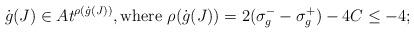
LaTeX: \begin{align*} \dot g(J) \in At^{\rho(\dot g(J))}, \text{where $\rho(\dot g(J)) = 2 (\sigma_g^- - \sigma_g^+ ) - 4C \le -4$;} \end{align*}